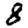
Digit: 8